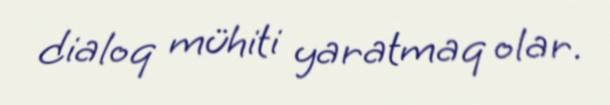
dialoq mühiti yaratmaq olar.